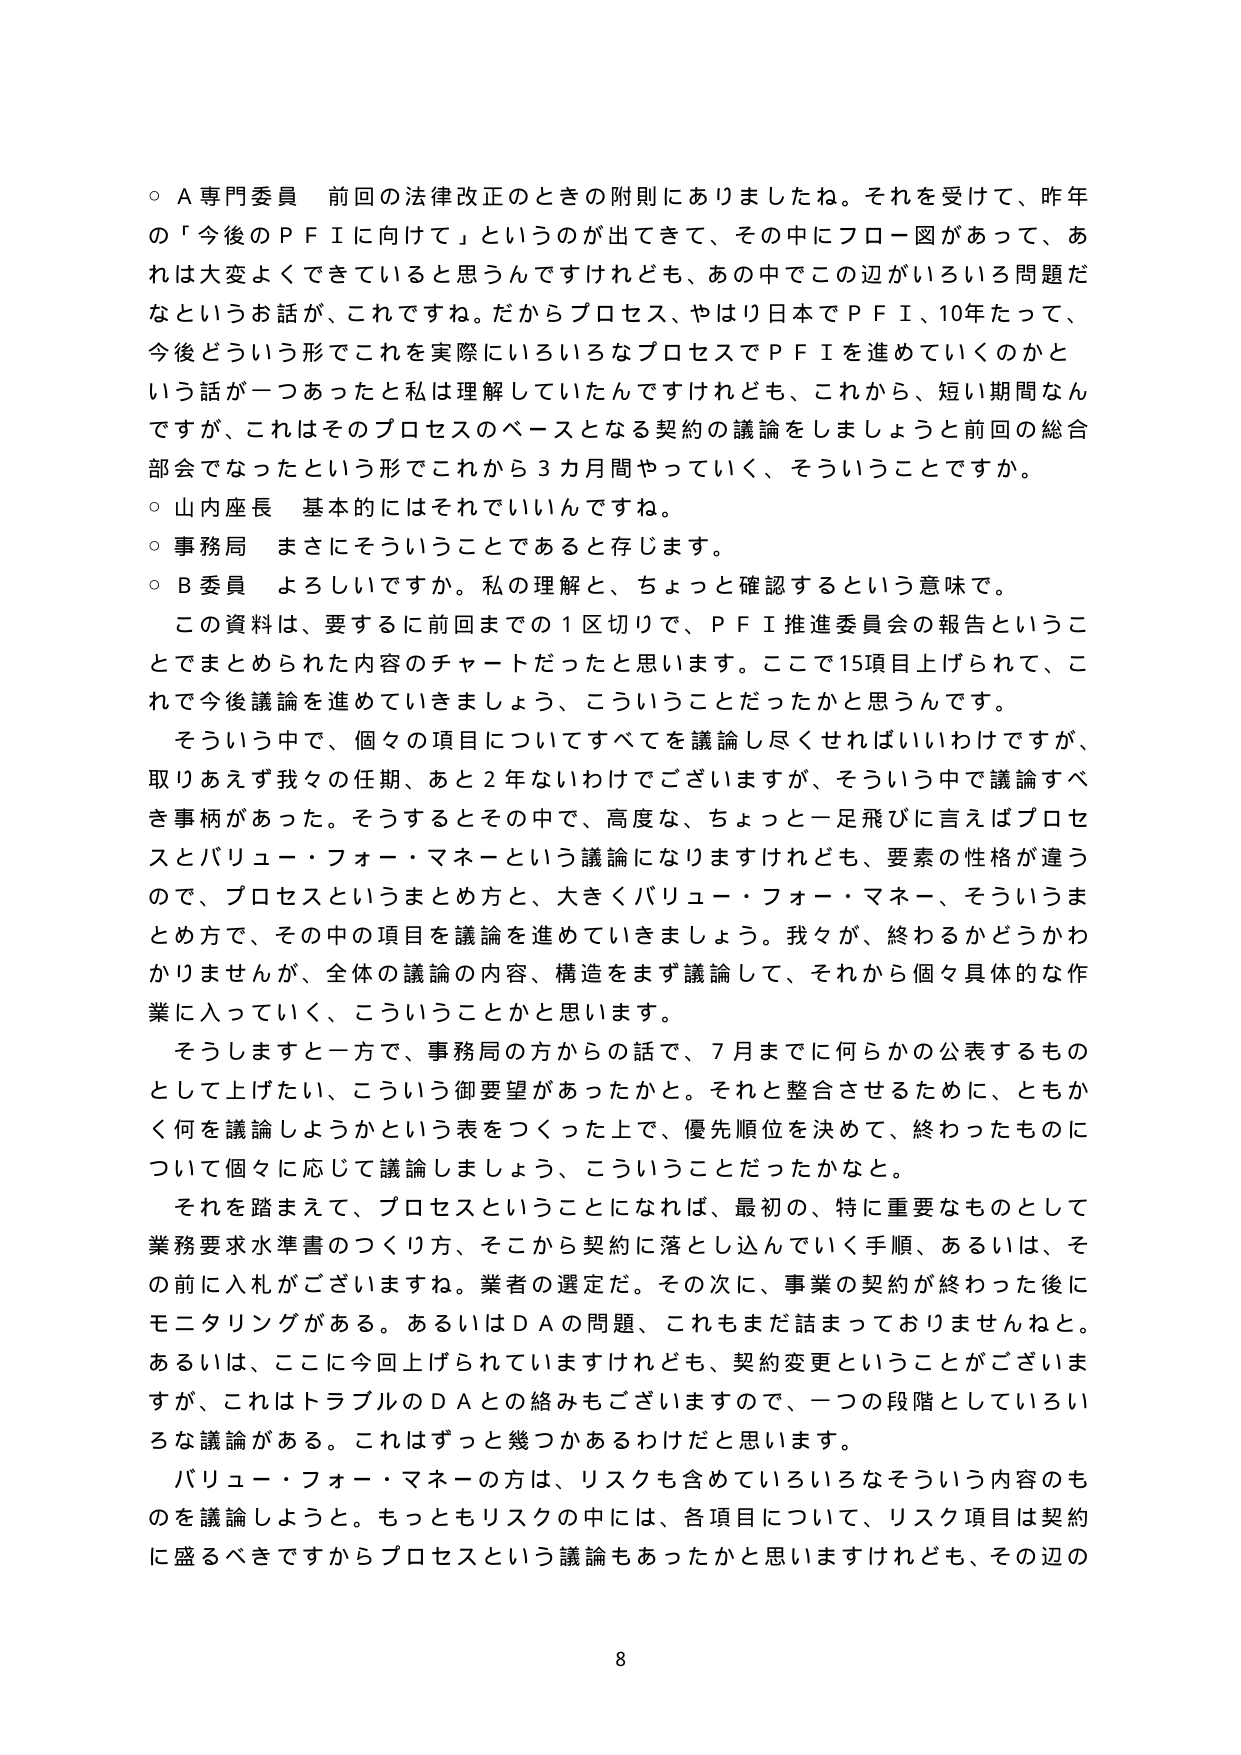
○ A専門委員 前回の法律改正のときの附則にありましたね。それを受けて、昨年の「今後のＰＦＩに向けて」というのが出てきて、その中にフロー図があって、あれは大変よくできていると思うんですけれども、あの中でのこの辺がいろいろ問題だなというお話が、これですね。だからプロセス、やはり日本でＰＦＩ、10年たって、今後どういう形でこれを実際にいろいろなプロセスでＰＦＩを進めていくのかという話が一つあったと私は理解していたんですけれども、これから、短い期間なんですけど、これはそのプロセスのベースとなる契約の議論をしましょうと前回の総合部会でなったという形でこれから3カ月間やっていく、そういうことですか。

○ 山内座長 基本的にはそれでいいんですね。

○ 事務局 まさにそういうことであると存じます。

○ B委員 よろしいですか。私の理解と、ちょっと確認するという意味で。

この資料は、要するに前回までの1区切りで、ＰＦＩ推進委員会の報告ということでまとめられた内容のチャートだったと思います。ここで15項目上げられて、これで今後議論を進めていきましょう、こういうことだったかと思うんです。

そういう中で、個々の項目についてすべてを議論し尽くせればいいわけですが、取りあえず我々の任期、あと2年ないわけでございますが、そういう中で議論すべき事柄があった。そうするとその中で、高度な、ちょっと一足飛びに言えばプロセスとバリュー・フォー・マネーという議論になりますけれども、要素の性格が違うので、プロセスというまとめ方と、大きくバリュー・フォー・マネー、そういうまとめ方で、その中の項目を議論を進めていきましょう。我々が、終わるかどうかわかりませんが、全体の議論の内容、構造をまず議論して、それから個々具体的な作業に入っていく、こういうことかと思います。

そうしますと一方で、事務局の方からの話で、7月までに何らかの公表するものとして上げたい、こういう御要望があったかと。それと整合させるために、ともかく何を議論しようかという表をつくった上で、優先順位を決めて、終わったものについて個々に応じて議論しましょう、こういうことだったかなと。

それを踏まえて、プロセスということになれば、最初の、特に重要なものとして業務要求水準書のつくり方、そこから契約に落とし込んでいく手順、あるいは、その前に入札がございますね。業者の選定だ。その次に、事業の契約が終わった後にモニタリングがある。あるいはＤＡの問題、これもまだ話まっておりませんねと。あるいは、ここに今回上げられていますけれども、契約変更ということがございますが、これはトラブルのＤＡとの絡みもございますので、一つの段階としていろいろな議論がある。これはずっと幾つかあるわけだと思います。

バリュー・フォー・マネーの方は、リスクも含めていろいろなそういう内容のものを議論しようと。もっともリスクの中には、各項目について、リスク項目は契約に盛るべきですからプロセスという議論もあったかと思いますけれども、その辺の

8